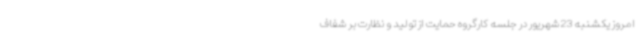
امروز یکشنبه 23 شهریور در جلسه کارگروه حمایت از تولید و نظارت بر شفاف